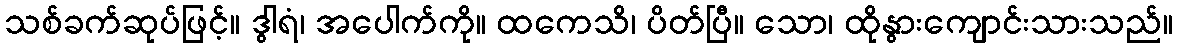
သစ်ခက်ဆုပ်ဖြင့်။ ဒွါရံ၊ အပေါက်ကို။ ထကေသိ၊ ပိတ်ပြီ။ သော၊ ထိုနွားကျောင်းသားသည်။